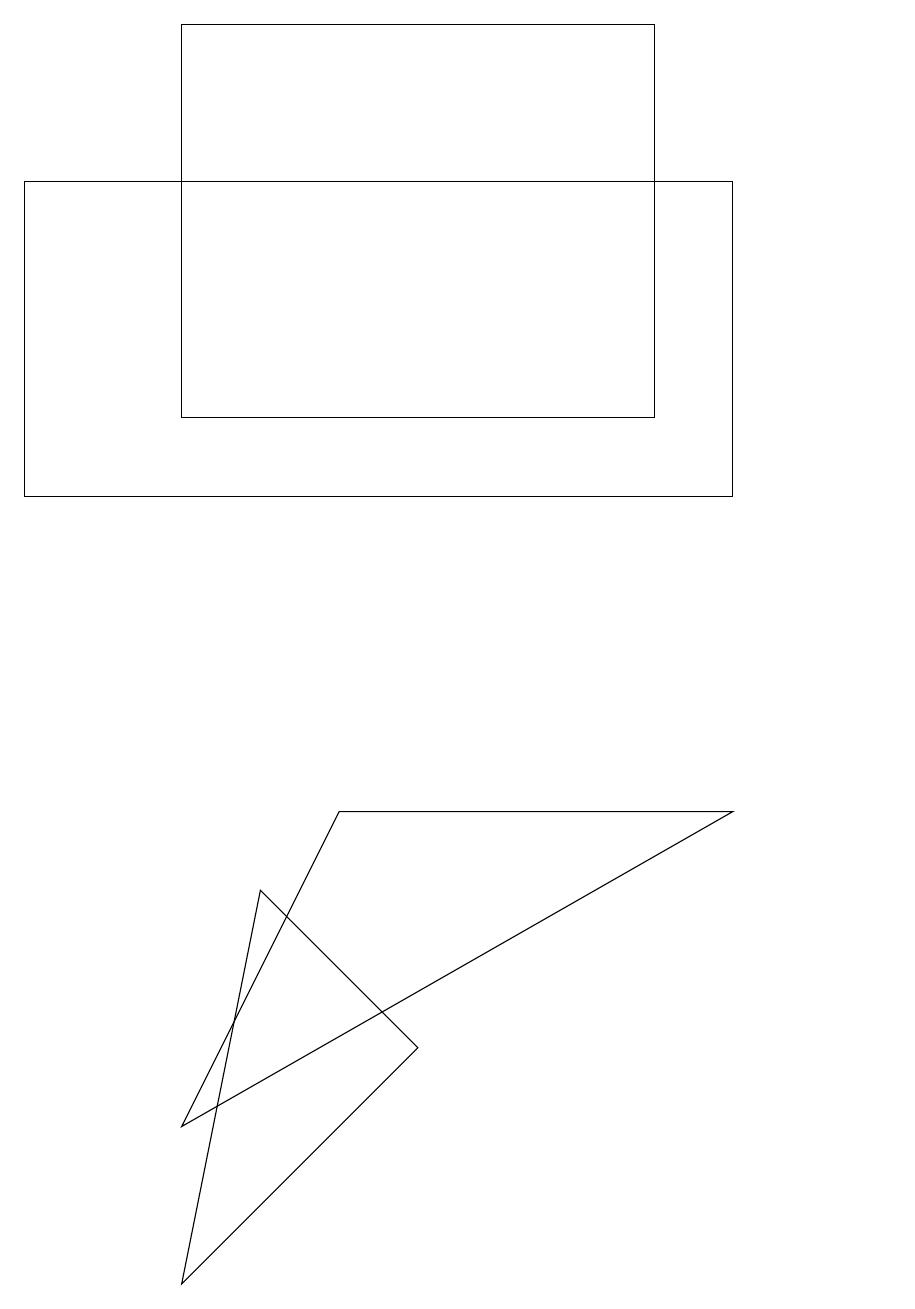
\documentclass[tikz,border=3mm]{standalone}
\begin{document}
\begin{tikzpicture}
\draw (3,7) -- (5,5) -- (2,2) -- cycle;
\draw (11,10) circle (0);
\draw (9,8) -- (4,8) -- (2,4) -- cycle;
\draw (2,13) rectangle (8,18);
\draw (0,12) rectangle (9,16);
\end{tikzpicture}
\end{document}